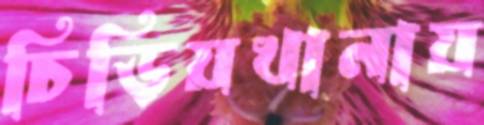
চিড়িয়খানায়